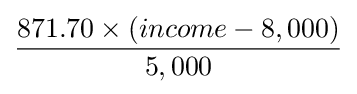
871.70\times (income-8,000) \over 5,000